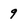
Character: 9